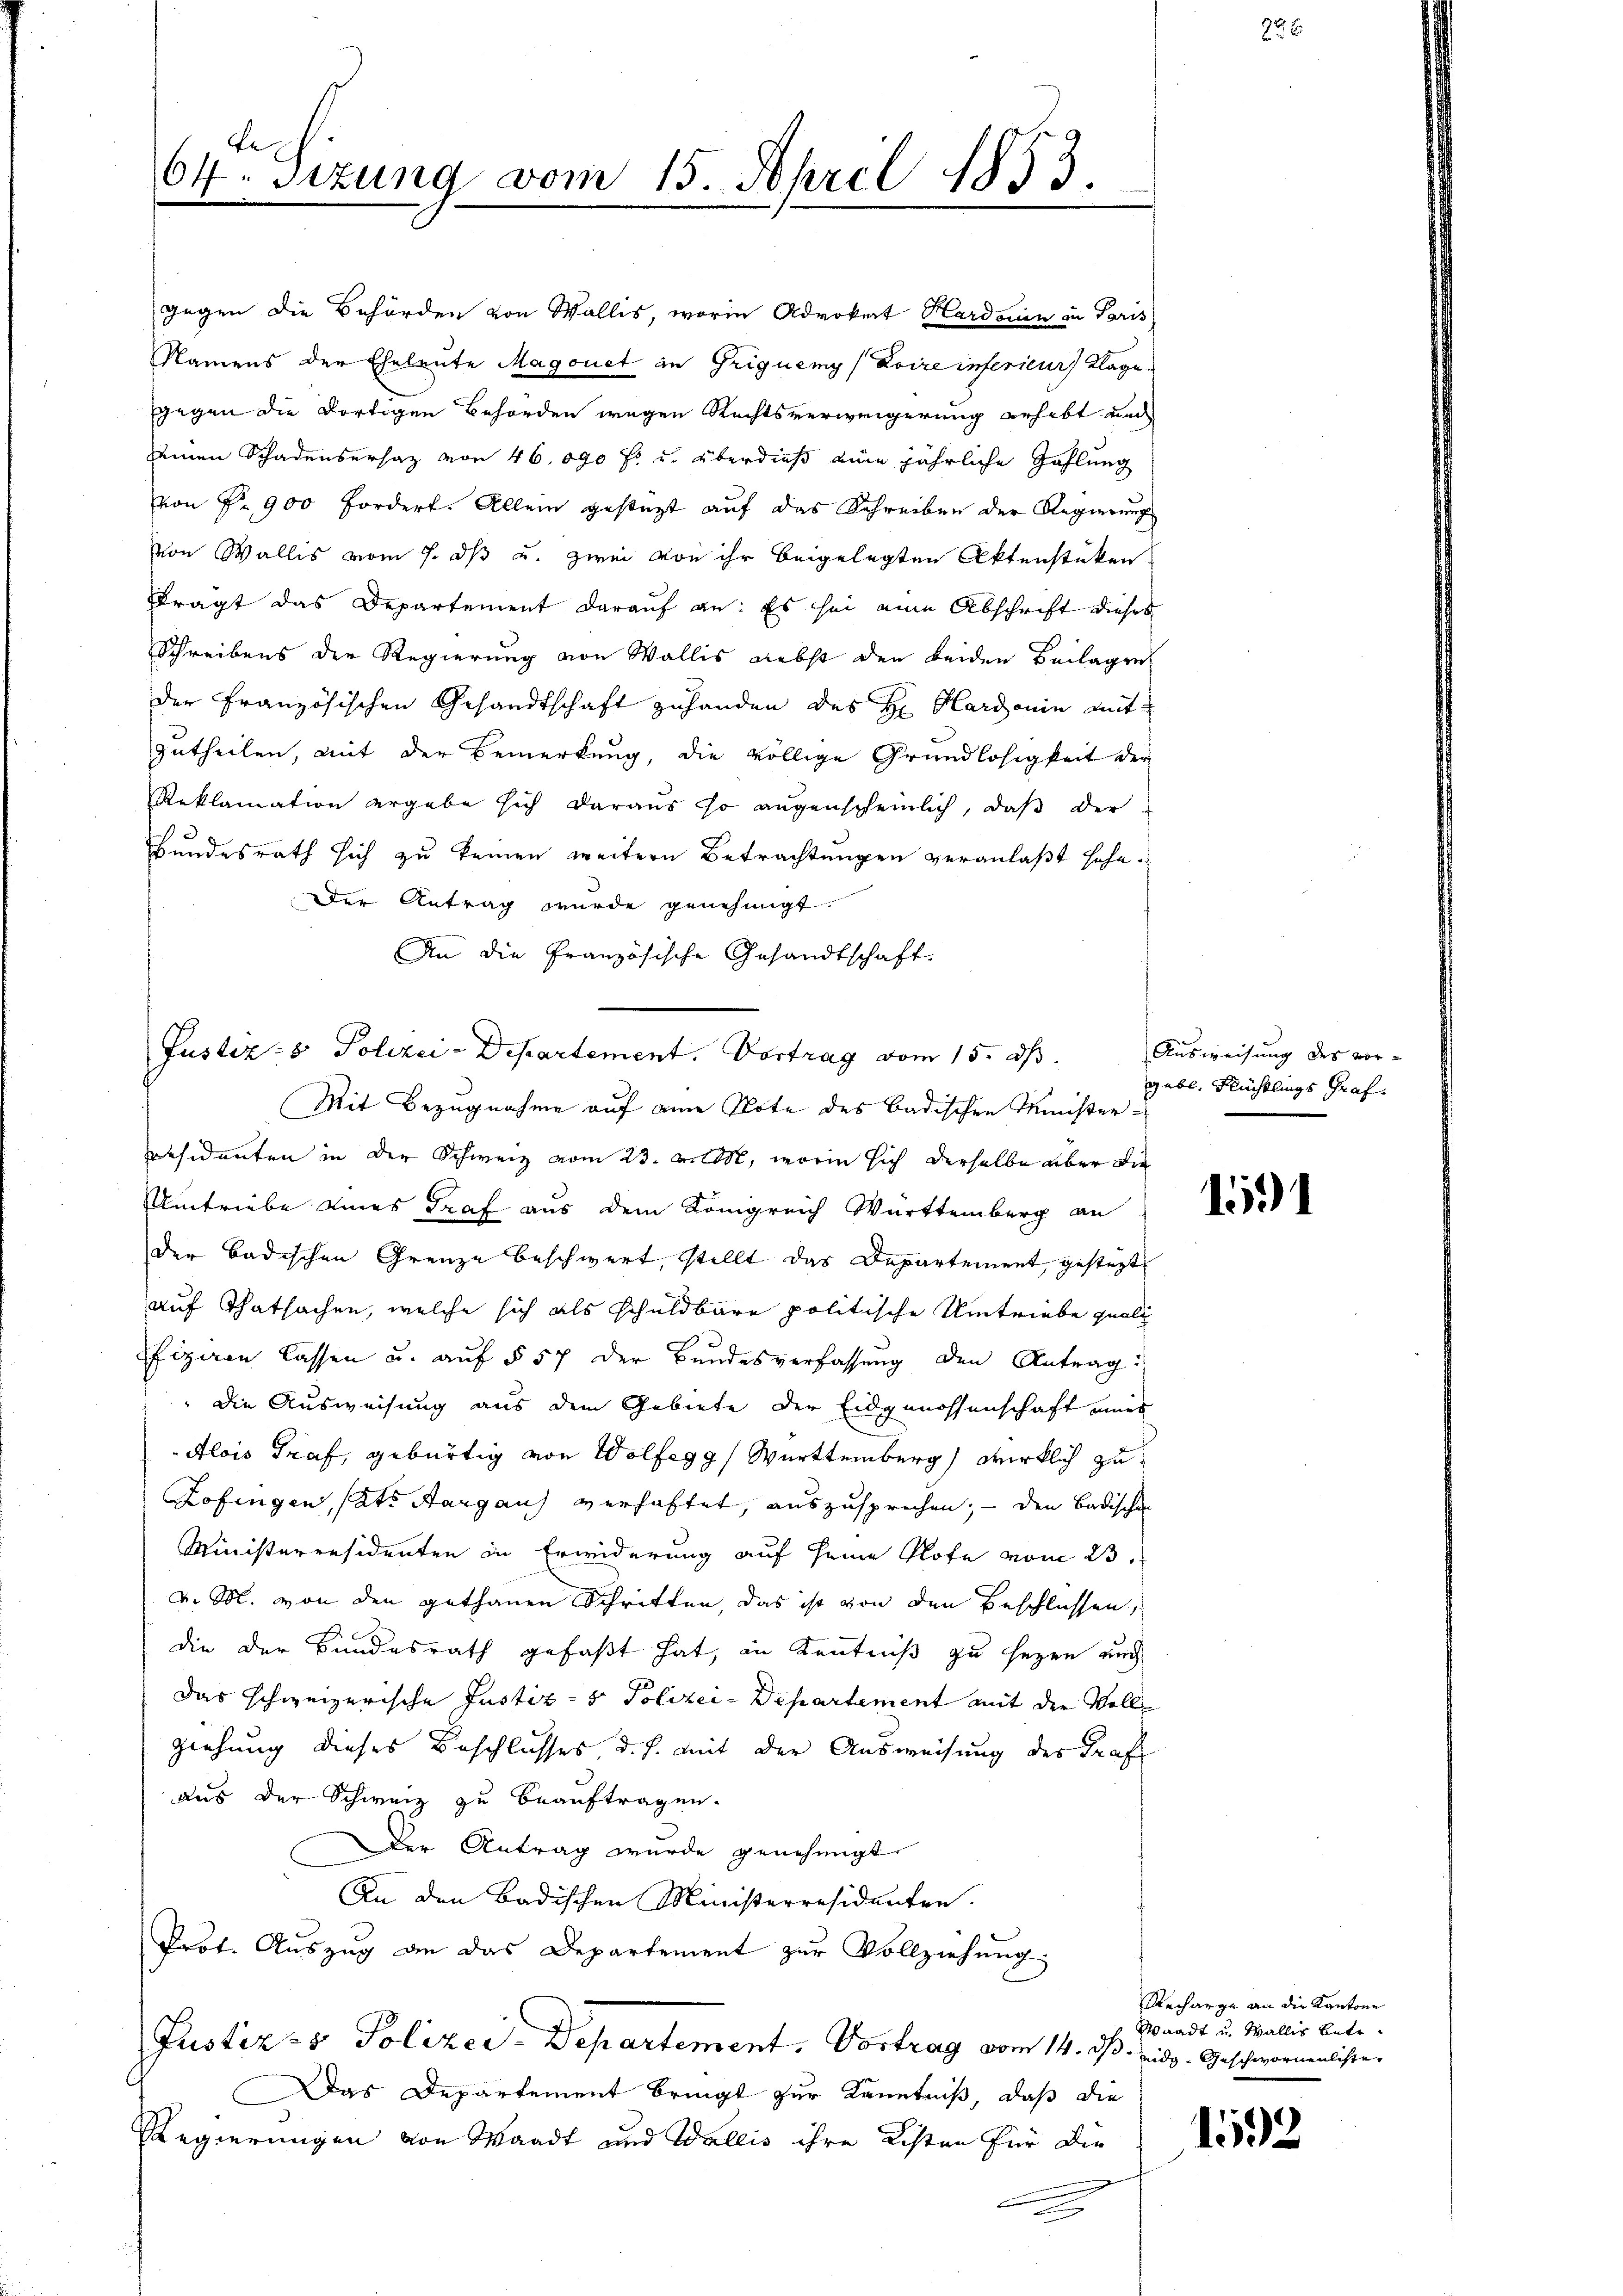
te
64. Sitzung vom 15. April 1853.
e

An die Französische Gesandtschaft.
Mit Bezugnahme auf eine Note des badischen Ministerpräsidenten in der Schweiz vom 23. M., worin sich derselbe aber die
Umtriebe eines Graf aus dem Königreich Württemberg an
der badischen Grenze beschwert, stellt das Departement, gesteht
auf Thatsachen, welche sich als schuldbare politische Umtriebe qual
fizien lassen u. auf § 57 der Bundesverfassung den Antrag:
" die Ausweisung aus dem Gebiete der Eidgenossenschaft eines
Alois Graf, gebürtig von Wolfegg, Württemberg) wirklich zu
Zofingen, hat. Aargaus verhaftet, auszusprechen; — den Badischen
Ministerresidenten in Erwiderung auf seine Klofe vom 23.
v. M. von den gethanen Schritten, das ist von den Beschlüssen,
die der Bundesrath gefaßt hat, in Kenntniß zu seyen auch
Das schweizerische Justiz- & Polizei-Departement mit der Voll
ziehung dieses Beschlusses, d. h. mit der Ausweisung des Grafe
aus der Schweiz zu beauftragen.
Der Antrag wurde genehmigt.
An den Badischen Ministerresidenten.
Prot. Auszug an das Departement zur Vollziehung;
Justiz- & Polizei-Departement. Vortrag vom 14. ds. Eidg. Geschwornenlister
Das Departement bringt zur Kenntniß, daß die
RRegierungen von Waadt und Wallis ihre Listen für die

gegen die Behörden von Wallis, worin Advokat Hardonin zu Paris
Namens der Eheleute Magonet in Griquemy/Doire inferieur Klage
gegen die dortigen Behörden wegen Rechtsverweigerung erhebt und
seinen Schadensersatz von 46. 090 f. u. überdieß eine jährliche Zahlung
von Fr. 900 Fordert. Allein gesteht auf das Schreiben der Regierung
von Wallis vom 7. ds u. zwei von ihr beigelegten Aktenstüken
Frägt das Departement darauf an: Es sei eine Abschrift dieses
Schreibens der Regierung von Wallis nebst den beiden Beilagen
der Französischen Gesandtschaft zuhanden des H. Hardonin mit
zutheilen, mit der Bemerkung, die völlige Grundlosigkeit der
Reklamation ergabe sich daraus so augenscheinlich, daß der
Bundesrath sich zu keinen weitern Betrachtungen veranlaßt höhe.
der Antrag wurde genehmigt.

Justiz- & Polizei-Departement. Vortrag vom 15. ds.

e

Ausweisung des vor-
gebl. Flüchtlings Graf

1591

Recharge an die Kantone
Waadt u. Wallis betr.

1592